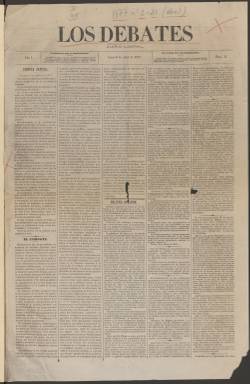
Título: Los Debates (Madrid. 1877)
Colección: Periódicos
Ámbito geográfico: Madrid
Lugar de publicación: Madrid
Fechas: 02/04/1877-03/04/1880